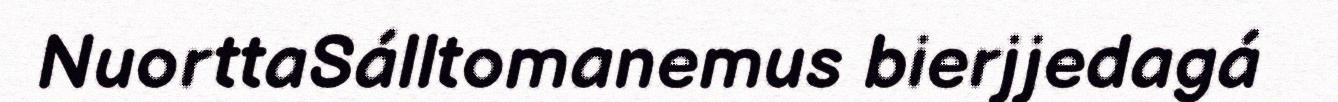
NuorttaSálltomanemus bierjjedagá